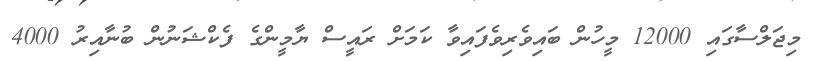
މިޖަލްސާގައި 12000 މީހުން ބައިވެރިވެފައިވާ ކަމަށް ރައީސް ޔާމީންގެ ފެކްޝަނުން ބުނާއިރު 4000